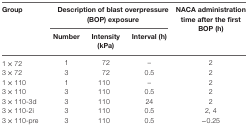
| Group | <COLSPAN=3> Description of blast overpressure (BOP) exposure | <ROWSPAN=2> NACA administration time after the first BOP (h) |
 |  | Number | Intensity (kPa) | Interval (h) |
 | --- | --- | --- | --- | --- |
 | 1 × 72 | 1 | 72 | – | 2 |
 | 3 × 72 | 3 | 72 | 0.5 | 2 |
 | 1 × 110 | 1 | 110 | – | 2 |
 | 3 × 110 | 3 | 110 | 0.5 | 2 |
 | 3 × 110-3d | 3 | 110 | 24 | 2 |
 | 3 × 110-2i | 3 | 110 | 0.5 | 2, 4 |
 | 3 × 110-pre | 3 | 110 | 0.5 | −0.25 |